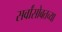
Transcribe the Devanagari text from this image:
सर्वांसोबतच्या